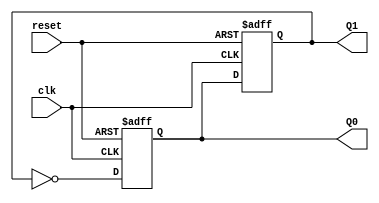
module dual_stage_johnson_counter (
    input wire clk,      // Clock signal
    input wire reset,    // Asynchronous reset signal
    output reg Q0,       // Output of the first flip-flop
    output reg Q1        // Output of the second flip-flop
);

    // Asynchronous reset and state transition on clock edge
    always @(posedge clk or posedge reset) begin
        if (reset) begin
            Q0 <= 1'b0;  // Initialize Q0 to 0
            Q1 <= 1'b0;  // Initialize Q1 to 0
        end else begin
            Q0 <= ~Q1;    // Invert Q1 and assign to Q0
            Q1 <= Q0;     // Assign Q0 to Q1
        end
    end

endmodule